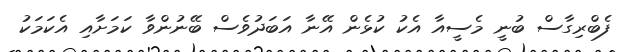
ފެބްރިގާސް ބުނީ މެސީއާ އެކު ކުޅެން އޭނާ އަބަދުވެސް ބޭނުންވާ ކަމަށާއި އެކަމަކު